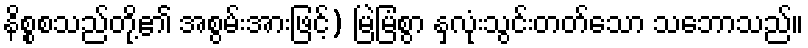
နိစ္စစသည်တို့၏ အစွမ်းအားဖြင့်) မြဲမြံစွာ နှလုံးသွင်းတတ်သော သဘောသည်။